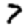
Digit: 7